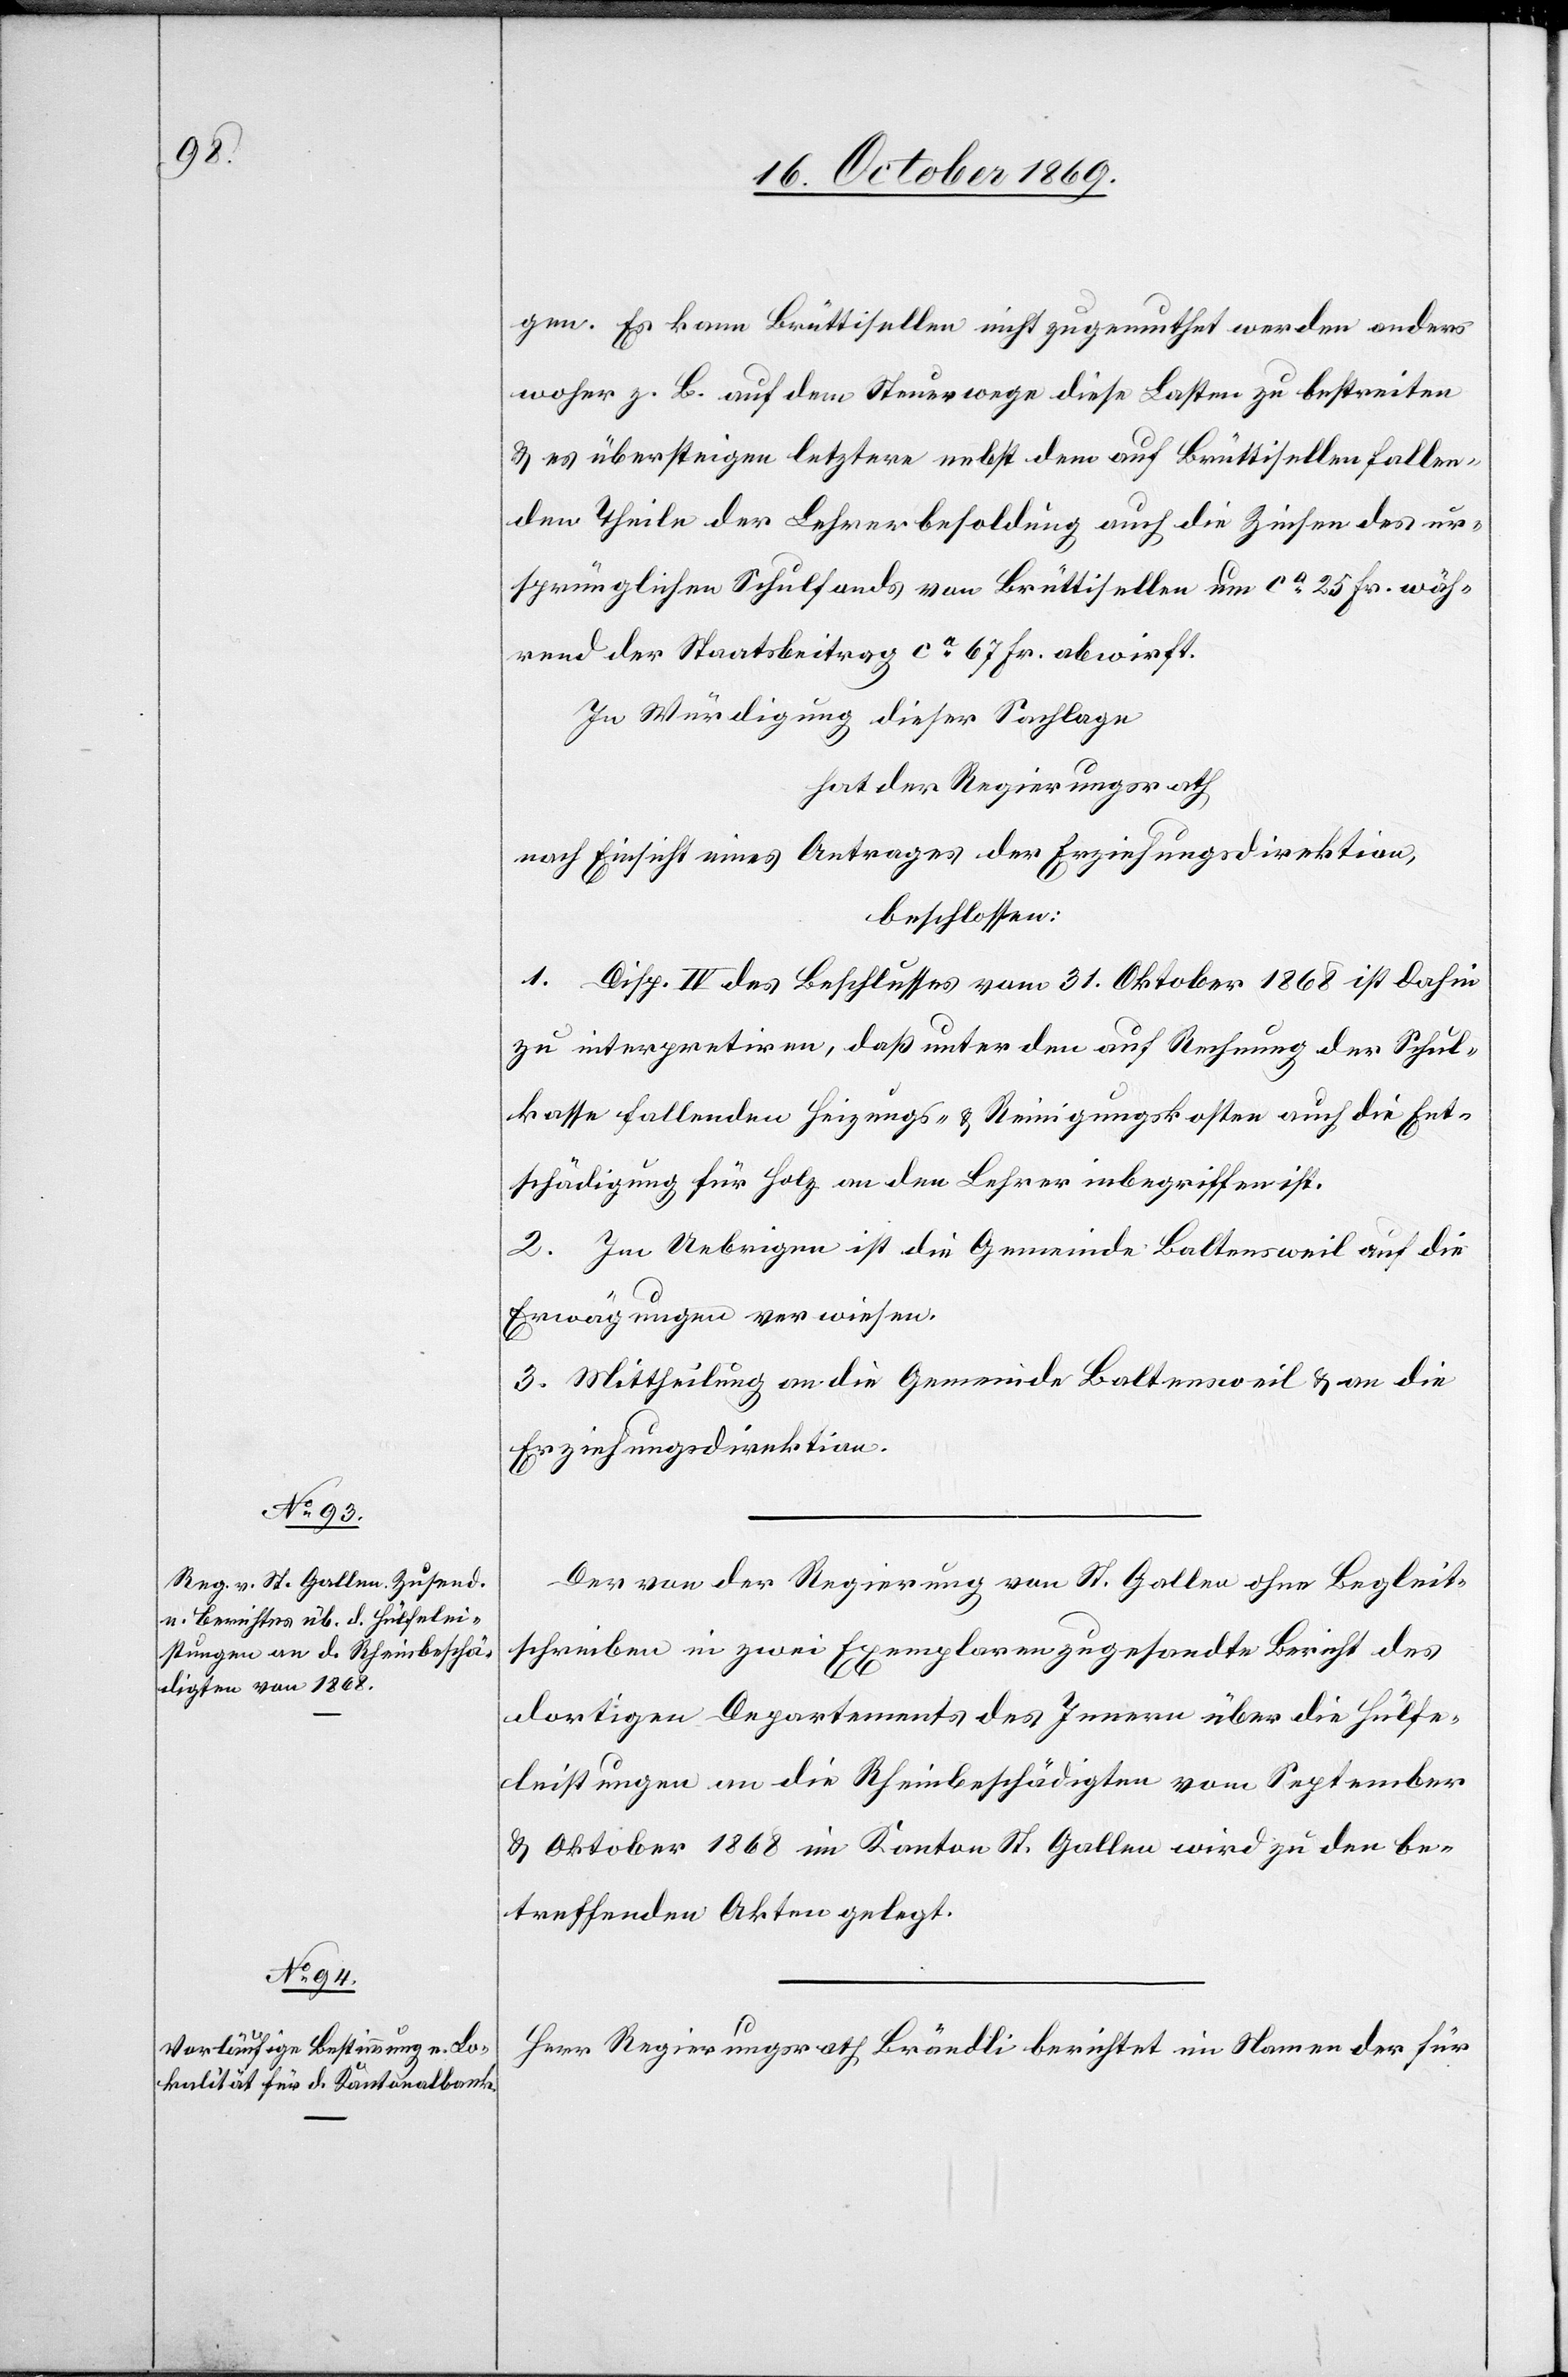
gen. Es kann Brüttisellen nicht zugemuthet werden anders
woher z. B. auf dem Steuerwege diese Lasten zu bestreiten
& es übersteigen letztere nebst dem auf Brüttisellen fallen¬
den Theile der Lehrerbesoldung auch die Zinsen des ur¬
sprünglichen Schulfonds von Brüttisellen um ca 25 Fr. wäh¬
rend der Staatsbeitrag ca 67 Fr. abwirft.
In Würdigung dieser Sachlage
hat der Regierungsrath
nach Einsicht eines Antrages der Erziehungsdirektion,
beschlossen:
1. Disp. IV des Beschlusses vom 31. Oktober 1868 ist dahin
zu interpretiren, daß unter den auf Rechnung der Schul¬
kasse fallenden Heizungs- & Reinigungskosten auch die Ent¬
schädigung für Holz an den Lehrer inbegriffen ist.
2. Im Uebrigen ist die Gemeinde Baltensweil auf die
Erwägungen verwiesen.
3. Mittheilung an die Gemeinde Baltensweil & an die
Erziehungsdirektion.
Der von der Regierung von St. Gallen ohne Begleit¬
schreiben in zwei Exemplaren zugesandte Bericht des
dortigen Departements des Innern über die Hülfe¬
leistungen an die Rheinbeschädigten vom September
& Oktober 1868 im Kanton St. Gallen wird zu den be¬
treffenden Akten gelegt.
Herr Regierungsrath Brändli berichtet im Namen der für